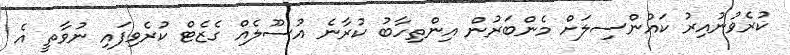
ކުރެވުނުއިރު ކައުންސިލަށް މެންބަރުން އިންތިހާބު ކުރާނެ އުސޫލެއް ގެޒެޓް ކުރެވިފައި ނުވާތީ އެ